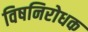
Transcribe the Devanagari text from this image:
विषनिरोधक